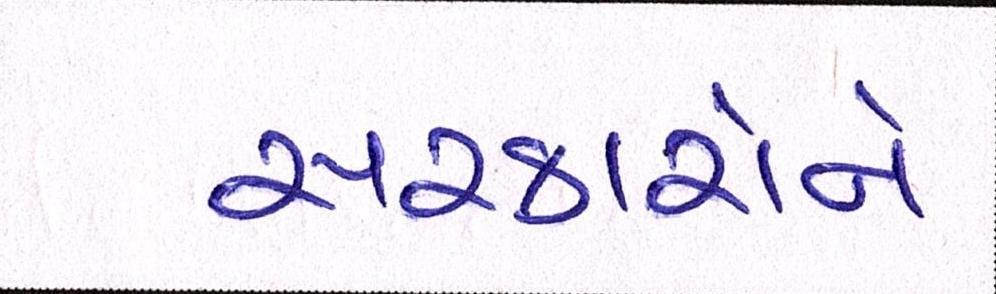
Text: સરકારોને